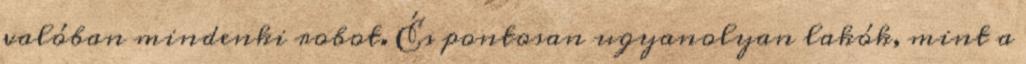
valóban mindenki robot. És pontosan ugyanolyan lakók, mint a